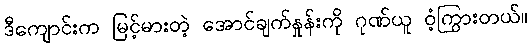
ဒီကျောင်းက မြင့်မားတဲ့ အောင်ချက်နှုန်းကို ဂုဏ်ယူ ဝံ့ကြွားတယ်။